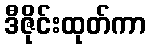
ဒီဇိုင်းထုတ်ကာ